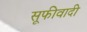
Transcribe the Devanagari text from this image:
सूफीवादी